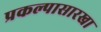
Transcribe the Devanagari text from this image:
प्रकल्पासारखा